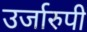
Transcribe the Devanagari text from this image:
उर्जारुपी